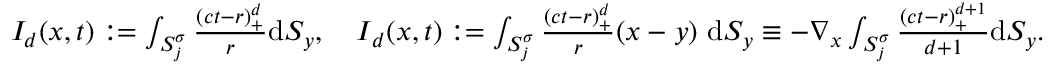
\begin{array} { r } { I _ { d } ( \boldsymbol { x } , t ) : = \int _ { S _ { j } ^ { \sigma } } \frac { ( c t - r ) _ { + } ^ { d } } { r } \mathrm { d } S _ { y } , \quad \boldsymbol { I } _ { d } ( \boldsymbol { x } , t ) : = \int _ { S _ { j } ^ { \sigma } } \frac { ( c t - r ) _ { + } ^ { d } } { r } ( \boldsymbol { x } - \boldsymbol { y } ) \ \mathrm { d } S _ { y } \equiv - \nabla _ { x } \int _ { S _ { j } ^ { \sigma } } \frac { ( c t - r ) _ { + } ^ { d + 1 } } { d + 1 } \mathrm { d } S _ { y } . } \end{array}